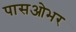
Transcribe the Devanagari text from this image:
पासओभर